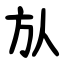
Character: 㫃